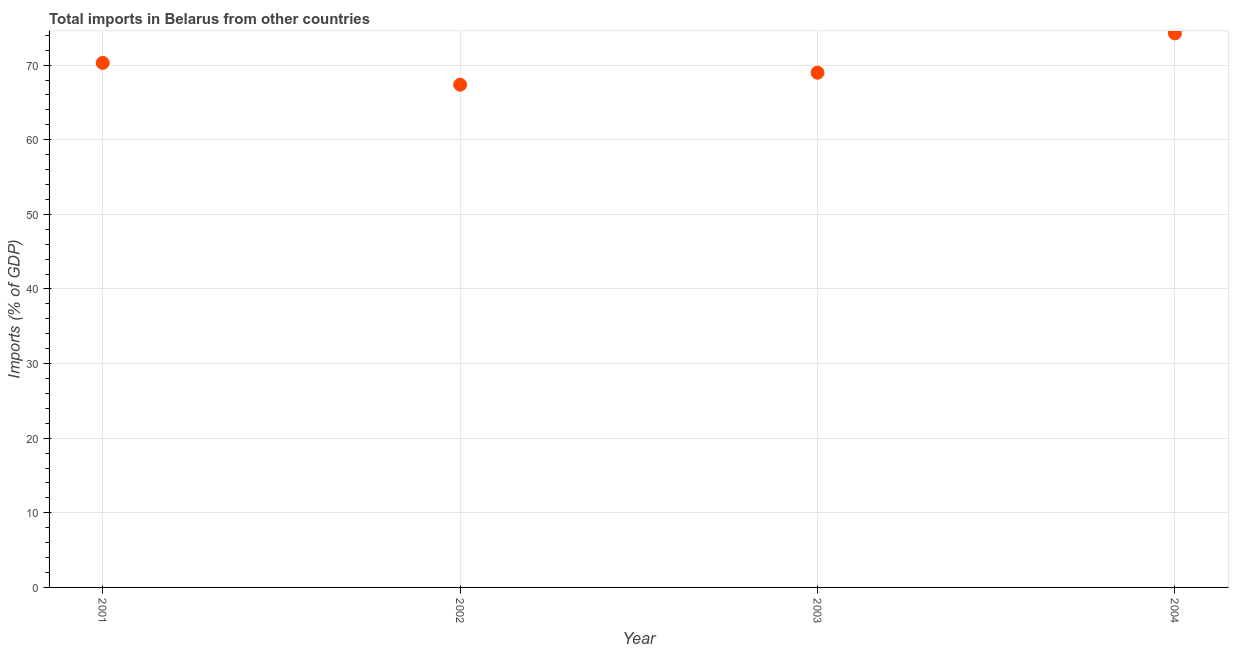
| Year | Imports |
 | --- | --- |
 | 2001 | 70.3 |
 | 2002 | 67.4 |
 | 2003 | 69 |
 | 2004 | 74.3 |